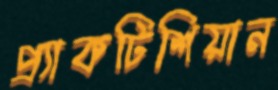
প্র্যাকটিশিয়ান